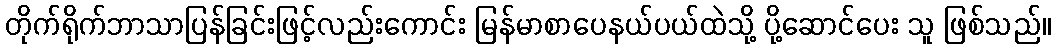
တိုက်ရိုက်ဘာသာပြန်ခြင်းဖြင့်လည်းကောင်း မြန်မာစာပေနယ်ပယ်ထဲသို့ ပို့ဆောင်ပေး သူ ဖြစ်သည်။